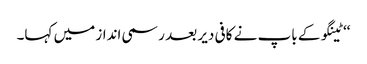
‘‘ ٹینگو کے باپ نے کافی دیر بعد رسمی انداز میں کہا۔